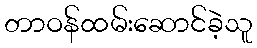
တာဝန်ထမ်းဆောင်ခဲ့သူ